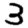
Digit: 3